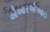
એઆરએઆઇ